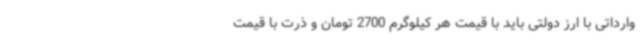
وارداتی با ارز دولتی باید با قیمت هر کیلوگرم 2700 تومان و ذرت با قیمت